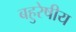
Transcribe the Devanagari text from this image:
बहुरेषीय